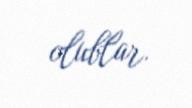
olublar.